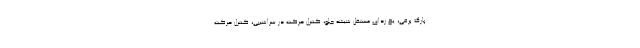
پارک برقی، یخ زدای مستقل شیشه جلو، کنترل حرکت در سراشیبی، کنترل حرکت